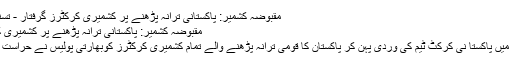
مقبوضہ کشمیر: پاکستانی ترانہ پڑھنے پر کشمیری کرکٹرز گرفتار - تسنیم نیوز ایجنسی
مقبوضہ کشمیر: پاکستانی ترانہ پڑھنے پر کشمیری کرکٹرز گرفتار
مقبوضہ کشمیر میں پاکستا نی کرکٹ ٹیم کی وردی پہن کر پاکستان کا قومی ترانہ پڑھنے والے تمام کشمیری کرکٹرز کوبھارتی پولیس نے حراست میں لے لیا ہے۔